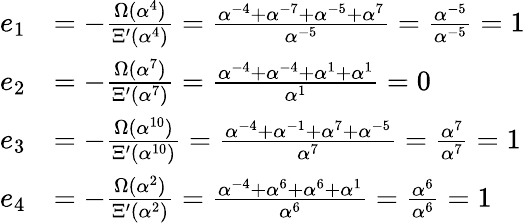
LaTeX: {\begin{array}{rl}{e_{1}}&{=-{\frac{\Omega(\alpha^{4})}{\Xi^{\prime}(\alpha^{4})}}={\frac{\alpha^{-4}+\alpha^{-7}+\alpha^{-5}+\alpha^{7}}{\alpha^{-5}}}={\frac{\alpha^{-5}}{\alpha^{-5}}}=1}\\ {e_{2}}&{=-{\frac{\Omega(\alpha^{7})}{\Xi^{\prime}(\alpha^{7})}}={\frac{\alpha^{-4}+\alpha^{-4}+\alpha^{1}+\alpha^{1}}{\alpha^{1}}}=0}\\ {e_{3}}&{=-{\frac{\Omega(\alpha^{10})}{\Xi^{\prime}(\alpha^{10})}}={\frac{\alpha^{-4}+\alpha^{-1}+\alpha^{7}+\alpha^{-5}}{\alpha^{7}}}={\frac{\alpha^{7}}{\alpha^{7}}}=1}\\ {e_{4}}&{=-{\frac{\Omega(\alpha^{2})}{\Xi^{\prime}(\alpha^{2})}}={\frac{\alpha^{-4}+\alpha^{6}+\alpha^{6}+\alpha^{1}}{\alpha^{6}}}={\frac{\alpha^{6}}{\alpha^{6}}}=1}\end{array}}